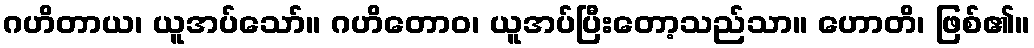
ဂဟိတာယ၊ ယူအပ်သော်။ ဂဟိတောဝ၊ ယူအပ်ပြီးတော့သည်သာ။ ဟောတိ၊ ဖြစ်၏။